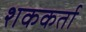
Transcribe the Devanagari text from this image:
शककर्ता